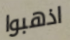
اذهبوا